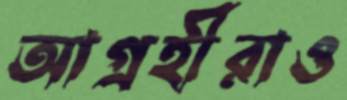
আগ্রহীরাও